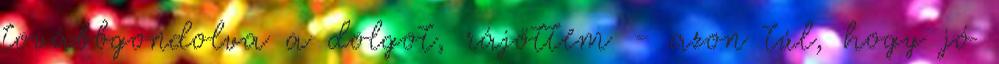
továbbgondolva a dolgot, rájöttem - azon túl, hogy jó